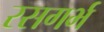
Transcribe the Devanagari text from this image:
रसगर्भ